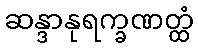
ဆန္ဒာနုရက္ခဏတ္ထံ